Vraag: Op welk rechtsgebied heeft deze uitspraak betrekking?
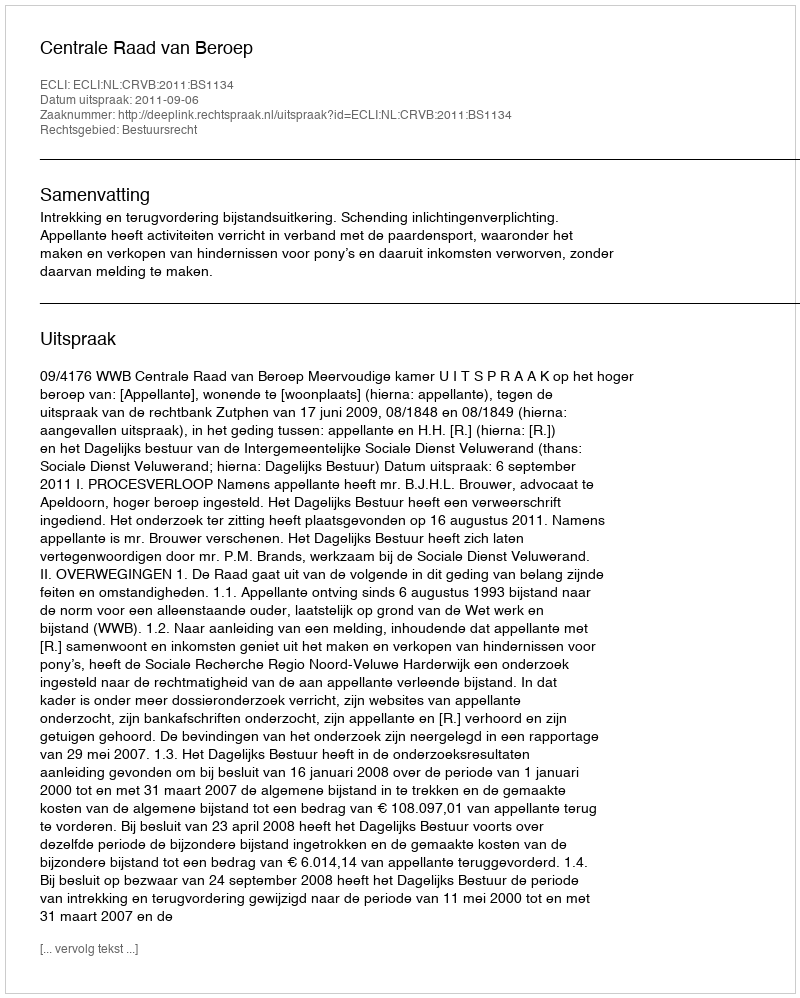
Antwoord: Bestuursrecht